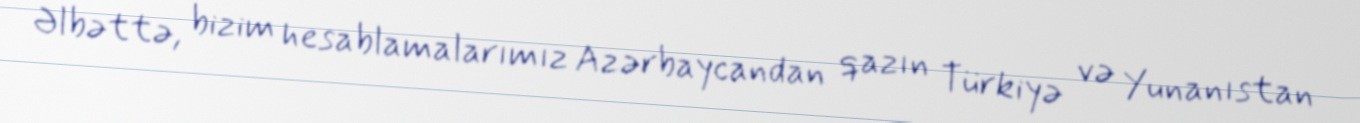
Əlbəttə, bizim hesablamalarımız Azərbaycandan qazın Türkiyə və Yunanıstan